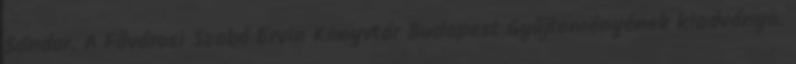
Sándor. A Fővárosi Szabó Ervin Könyvtár Budapest Gyűjteményének kiadványa.